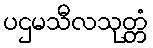
ပဌမသီလသုတ္တံ